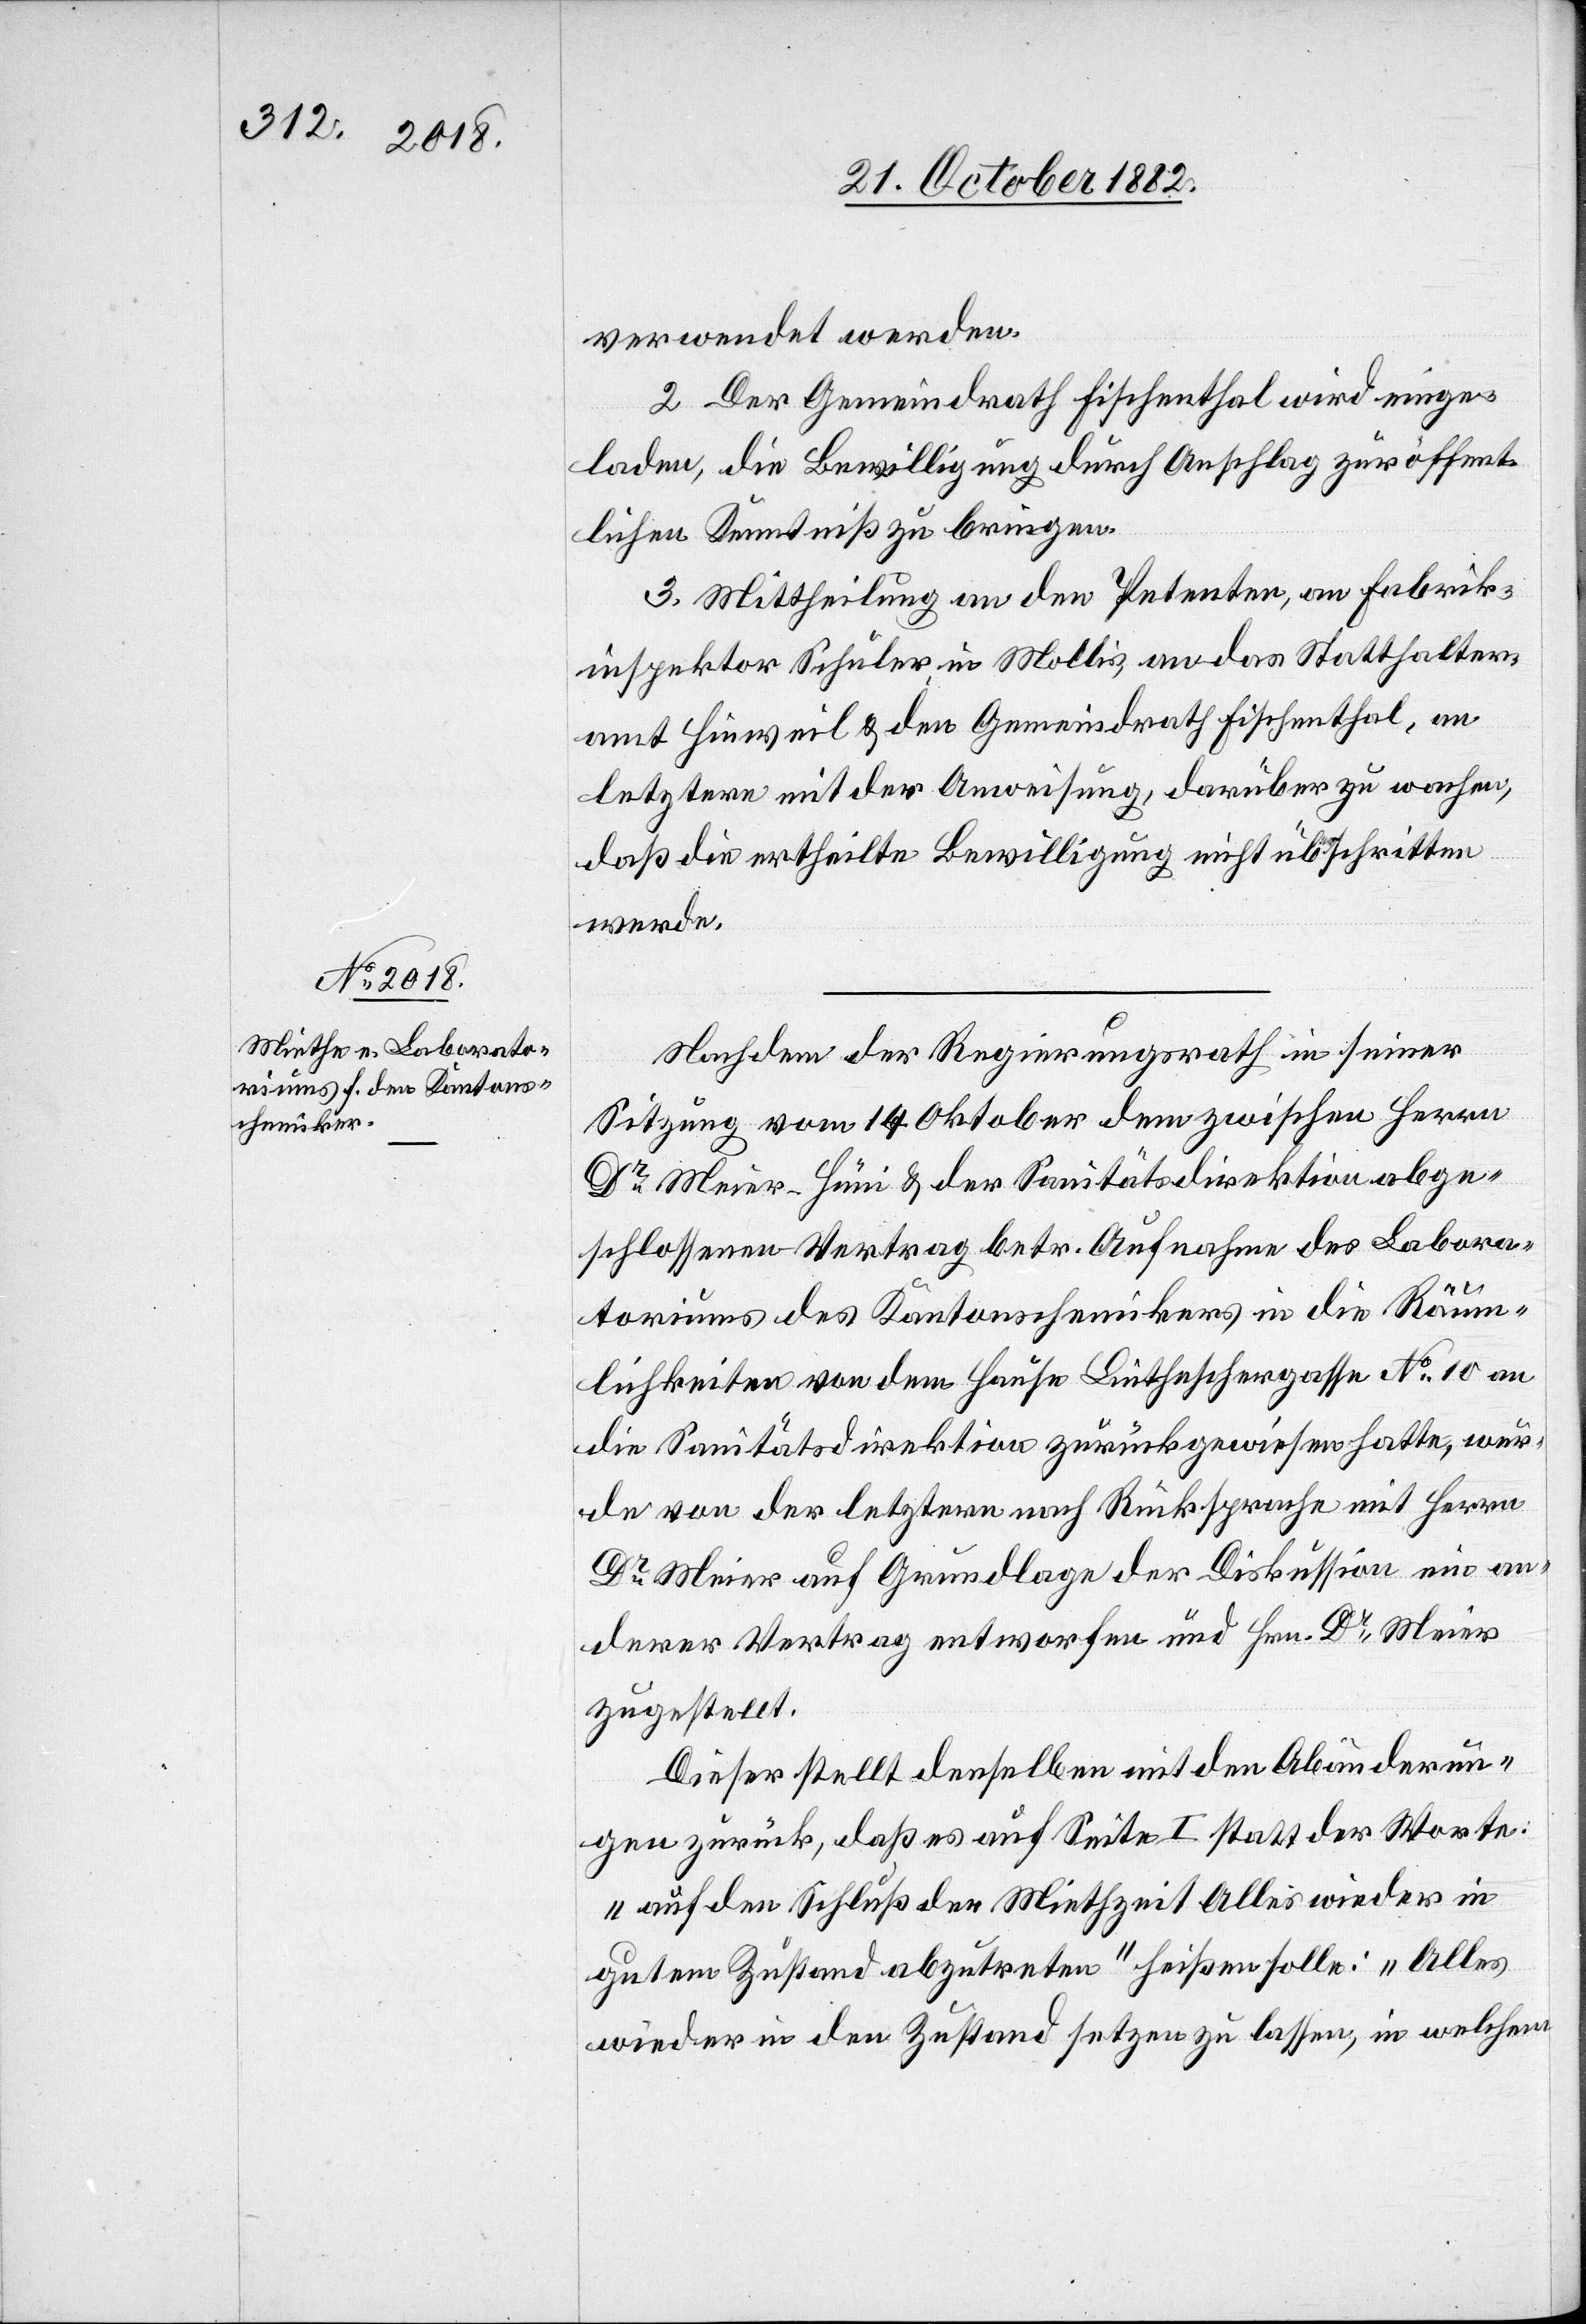
24. October 1882.]
verwendet werden.
2. Der Gemeindrath Fischenthal wird einge¬
laden, die Bewilligung durch Anschlag zur öffent¬
lichen Kenntniß zu bringen.
3. Mittheilung an den Petenten, an Fabrik¬
inspektor Schuler, in Mollis, an das Statthalter¬
amt Hinweil & den Gemeindrath Fischenthal, an
letztern mit der Anweisung, darüber zu wachen,
daß die ertheilte Bewilligung nicht überschritten
werde.
Nachdem der Regierungsrath in seiner
Sitzung vom 14. Oktober dem [recte: den] zwischen Herrn
Dr Meier-Hüni & der Sanitätsdirektion abge¬
schlossenen Vertrag betr. Aufnahme des Labora¬
toriums des Kantonschemikers in die Räum¬
lichkeiten von dem Hause Lintheschergasse No 10 an
die Sanitätsdirektion zurückgewiesen hatte, wur¬
de von der letztern nach Rücksprache mit Herrn
Dr Meier auf Grundlage der Diskussion ein an¬
derer Vertrag entworfen und Hrn. Dr Meier
zugestellt.
Dieser stellt denselben mit den Abänderun¬
gen zurück, daß es auf Seite I statt der Worte:
„auf den Schluß der Miethzeit Alles wieder in
gutem Zustand abzutreten“ heißen solle: „Alles
wieder in den Zustand setzen zu lassen, in welchem